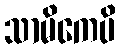
သာမိကေပိ